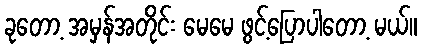
ခုတော့ အမှန်အတိုင်း မေမေ ဖွင့်ပြောပါတော့ မယ်။